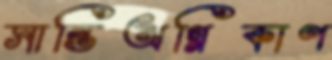
সান্তিঅগ্নিকাণ